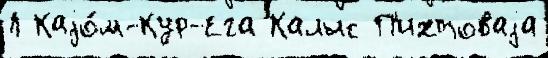
Л Каjо́м-Кур-Ега Калыс П'ихтоваjа